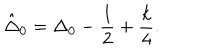
LaTeX: \hat { \Delta } _ { 0 } = \Delta _ { 0 } - \frac { 1 } { 2 } + \frac { k } { 4 } .